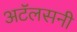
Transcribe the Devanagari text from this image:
अटॅलसनी